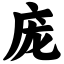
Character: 庞